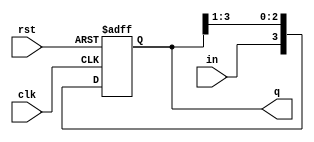
module sipo(clk,in,rst,q);
  input clk,rst;
  input in;
  output reg [3:0]q;
 
  always @ (posedge clk, posedge rst)
    begin
      if(rst)
        q <= 0;
        else 
        q <= {in,q[3:1]};
    end 
endmodule